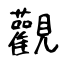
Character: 觀